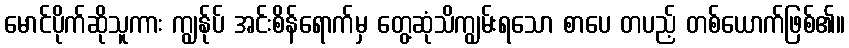
မောင်ပိုက်ဆိုသူကား ကျွန်ုပ် အင်းစိန်ရောက်မှ တွေ့ဆုံသိကျွမ်းရသော စာပေ တပည့် တစ်ယောက်ဖြစ်၏။